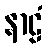
နာဠံ